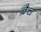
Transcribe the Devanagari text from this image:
ब्रैच